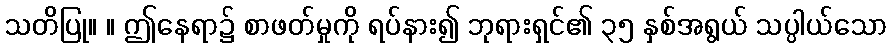
သတိပြု။ ။ ဤနေရာ၌ စာဖတ်မှုကို ရပ်နား၍ ဘုရားရှင်၏ ၃၅ နှစ်အရွယ် သပ္ပါယ်သော